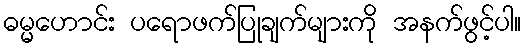
ဓမ္မဟောင်း ပရောဖက်ပြုချက်များကို အနက်ဖွင့်ပါ။